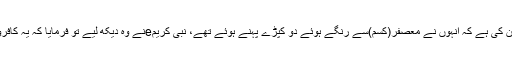
پھر انہوں نے عبد اللہ بن عمروtوالی حدیث بیان کی ہے کہ انہوں نے معصفر(کُسم)سے رنگے ہوئے دو کپڑے پہنے ہوئے تھے، نبی کریمeنے وہ دیکھ لیے تو فرمایا کہ یہ کافروں کے لباس میں سے ہیں لہٰذا تو انہیں نہ پہن۔